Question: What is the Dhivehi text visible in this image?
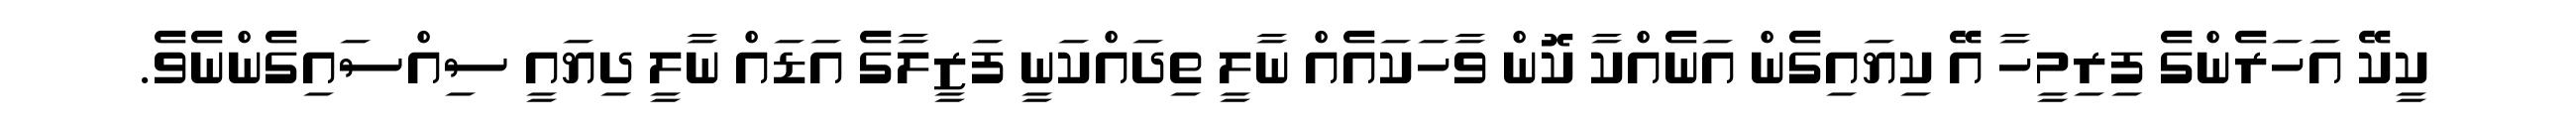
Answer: ކީކޭ އަހަރެންގެ ފިރިމީހާ އޭ ކިޔައިގެން އަނެއްކާ ކޮން ވާހަކައެއް ނާލީ ތިދައްކަނީ ފަޒީލާގެ އަޑައް ނާލީ ދިޔައީ ސިއްސައިގެންނެވެ.